Vital statistics of India. Vol. IV, Annual returns from 1871 to 1876. British Army of India, Native Army and jails of Bengal
Year: 1871
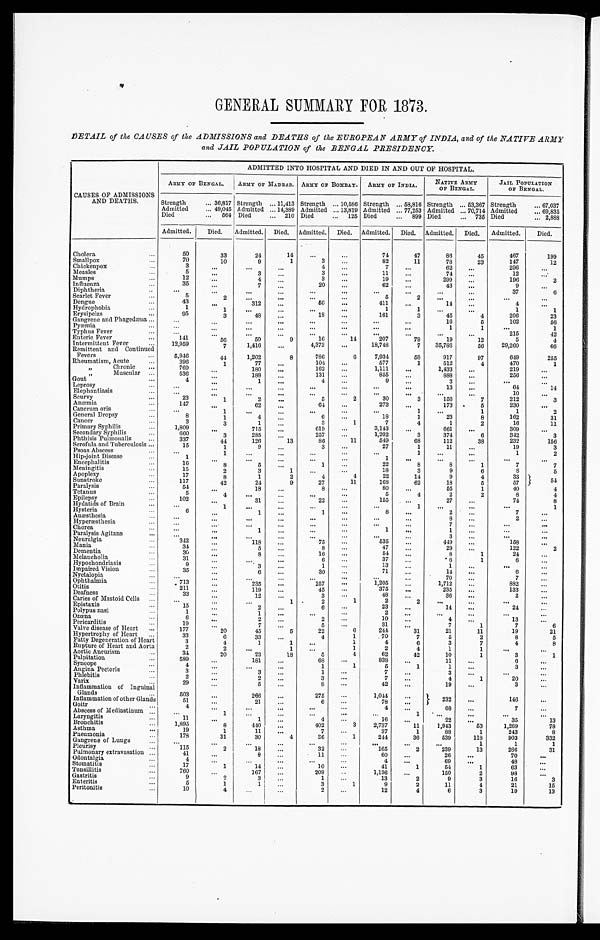
GENERAL SUMMARY FOR 1873.
DETAIL of the CAUSES of the ADMISSIONS and DEATHS of the EUROPEAN ARMY of INDIA, and of the NATIVE ARMY
and JAIL POPULATION of the BENGAL PRESIDENCY.
CAUSES OF ADMISSIONS
AND DEATHS.
ADMITTED INTO HOSPITAL AND DIED IN AND OUT OF HOSPITAL.
ARMY OF BENGAL.
ARMY OF MADRAS. ARMY OF BOMBAY. ARMY OF INDIA.
NATIVE ARMY
OF BENGAL.
JAIL POPULATION
OF BENGAL.
Strength . . .
36,817 Strength . . .
11,413 Strength . . .
10,586 Strength . . .
58,816 Strength . . .
53,367 Strength . . .
67,037
Admitted . . .
49,045 Admitted . . . 14,389 Admitted . . .
13,819 Admitted . . .
77,253 Admitted . . .
70,714 Admitted . . .
69,835
Died . . .
564 Died . . .
210 Died . . .
125 Died . . .
899 Died . . .
735 Died . . .
2,888
Admitted.
Died.
Admitted. Died. Admitted. Died. Admitted. Died. Admitted. Died.
Admitted.
Died.
Cholera . . .
50
33
24
14
. . .
. . .
74
47
86
45
467
199
Smallpox . . .
70
10
9
1
3
. . .
82
11
78
23
147
12
Chickenpox . . .
3
. . .
. . .
. . .
4
. . .
7
. . .
62
. . .
296
. . .
Measles . . .
5
. . .
3
. . .
3
. . .
11
. . .
74
. . .
12
. . .
Mumps . . .
12
. . .
4
. . .
3
. . .
19
. . .
299
. . .
196
2
Influenza . . .
35
. . .
7
. . .
20
. . .
62
. . .
43
. . .
9
. . .
Diphtheria . . .
. . .
. . .
. . .
. . .
. . .
. . .
. . .
. . .
. . .
. . .
37
6
Scarlet Fever . . .
5
2
. . .
. . .
. . .
. . .
5
2
. . .
. . .
. . .
. . .
Dengue . . .
43
. . .
312
. . .
56
. . .
411
. . .
14
. . .
4
. . .
Hydrophobia . . .
1
1
. . .
. . .
. . .
. . .
1
1
. . .
. . .
1
1
Erysipelas . . .
95
3
48
. . .
18
. . .
161
3
45
4
206
23
Gangrene and Phagedæna . . .
. . .
. . .
. . .
. . .
. . .
. . .
. . .
. . .
16
5
102
56
Pyæmia . . .
. . .
. . .
. . .
. . .
. . .
. . .
. . .
. . .
1
1
. . .
1
Typhus Fever . . .
. . .
. . .
. . .
. . .
. . .
. . .
. . .
. . .
. . .
. . .
215
42
Enteric Fever . . .
141
56
50
9
16
14
207
79
19
12
5
4
Intermittent Fever . . .
12,959
7
1,416
. . .
4,373
. . .
18,748
7
35,788
56
29,260
66
Remittent and Continued
Fevers . . .
5,946
44
1,202
8
786
6
7,934
58
917
97
649
255
Rheumatism, Acute . . .
396
1
77
. . .
104
. . .
577
1
512
4
470
1
" C h r o n i c . . .
769
. . .
180
. . .
162
. . .
1,111
. . .
1,433
. . .
219
. . .
" M u s c u l a r . . .
536
. . .
188
. . .
131
. . .
855
. . .
888
. . .
256
. . .
Gout . . .
4
. . .
1
. . .
4
. . .
9
. . .
3
. . .
. . .
. . .
Leprosy . . .
. . .
. . .
. . .
. . .
. . .
. . .
. . .
. . .
13
. . .
6 4
14
Elephantiasis . . .
. . .
. . .
. . .
. . .
. . .
. . .
. . .
. . .
. . .
. . .
10
. . .
Scurvy . . .
23
1
2
. . .
5
2
30
3
156
7
212
3
Anæmia . . .
147
. . .
62
. . .
64
. . .
273
. . .
173
5
230
. . .
Cancrum oris . . .
. . .
1
. . .
. . .
. . .
. . .
. . .
1
. . .
1
1
2
General Dropsy . . .
8
1
4
. . .
6
. . .
18
1
23
8
162
31
Cancer . . .
3
3
1
. . .
3
1
7
4
1
2
16
11
Primary Syphilis . . .
1,809
. . .
715
. . .
619
. . .
3,143
. . .
661
. . .
309
. . .
Secondary Syphilis . . .
660
3
285
. . .
257
. . .
1,202
3
374
6
342
3
Phthisis Pulmonalis . . .
337
44
126
13
86
11
549
68
112
38
232
156
Scrofula and Tuberculosis . . .
15
1
9
. . .
3
. . .
27
1
11
. . .
19
3
Psoas Abscess . . .
. . .
1
. . .
. . .
. . .
. . .
. . .
1
. . .
. . .
1
2
Hip-joint Disease . . .
1
. . .
. . .
. . .
. . .
. . .
1
. . .
. . .
. . .
. . .
. . .
Encephalitis . . .
16
8
5
. . .
1
. . .
22
8
8
1
7
7
Meningitis . . .
15
2
3
1
. . .
. . .
18
3
9
6
8
5
Apoplexy . . .
17
8
1
2
4
4
22
14
9
4
33
54
Sunstroke . . .
117
42
24
9
27
11
168
62
18
5
57
Paralysis . . ..
54
. . .
18
. . .
8
. . .
80
. . .
55
1
40
4
Tetanus . . .
5
4
. . .
. . .
. . .
. . .
5
4
2
2
8
4
Epilepsy . . .
102
. . .
31
. . .
22
. . .
155
. . .
27
. . .
74
8
Hydatids of Brain . . .
. . .
1
. . .
. . .
. . .
. . .
. . .
1
. . .
. . .
. . .
1
Hysteria . . .
6
. . .
1
. . .
1
. . .
8
. . .
2
. . .
7
. . .
Anæsthesia . . .
. . .
. . .
. . .
. . .
. . .
. . .
. . .
. . .
8
. . .
2
. . .
Hyperæsthesia . . .
. . .
. . .
. . .
. . .
. . .
. . .
. . .
. . .
7
. . .
. . .
. . .
Chorea . . .
. . .
. . .
1
. . .
. . .
. . .
1
. . .
1
. . .
. . . . . .
Paralysis Agitans . . .
. . . . . .
. . .
. . .
. . .
. . .
. . .
. . .
3
. . .
. . .
. . .
Neuralgia . . .
342
. . .
118
. . .
75
. . .
535
. . .
449
. . .
158
. . .
Mania . . .
34 . . .
5
. . .
8
. . .
47
. . .
29
. . .
122
2
Dementia . . .
30
. . .
8
. . .
16
. . .
54
. . .
8
1
24
. . .
Melancholia . . .
31 . . .
. . .
. . .
6
. . .
37
. . .
.6
1
6
. . .
Hypochondriasis . . .
9 . . .
3
. . .
1
. . .
13
. . .
1
. . .
. . .
. . .
Impaired Vision . . .
35
. . .
6
. . .
30
. . .
71
. . .
14
. . .
6
. . .
Nyctalopia . . .
. . .
. . .
. . .
. . .
. . .
. . .
. . .
. . .
70
. . .
7
. . .
Ophthalmia . . .
713 . . .
235
. . .
257
. . .
1,205
. . .
1,712
. . .
882
. . .
Otitis . . .
211
. . .
119
. . .
45
. . .
375
. . .
235
. . .
133
. . .
Deafness . . .
33
. . .
12
. . .
3
. . .
48
. . .
36
. . .
2 . . .
Caries of Mastoid Cells . . .
. . .
. . .
. . .
1
2
1
2
2
. . .
. . .
. . .
. . .
Epistaxis . . .
15
. . .
2
. . .
6
. . .
23
. . .
14
. . .
24
. . .
Polypus nasi . . .
1
. . .
1
. . .
. . .
. . .
2
. . .
. . .
. . .
. . .
. . .
Ozœna . . .
6 . . .
2
. . .
2
. . .
10
. . .
4
. . .
13
. . .
Pericarditis . . .
19
. . .
7
. . .
5
. . .
31
. . .
7
1
7
6
Valve disease of Heart . . .
177
20
45
5
22
6
244
31
21
11
19
21
Hypertrophy of Heart . . .
33
6
33
. . .
4
1
70
7
5
2
8
5
Fatty Degeneration of Heart . . .
3
4
1
1
. . .
1
4
6
3
7
4
8
Rupture of Heart and Aorta . . .
2
2
. . .
1
. . .
1
2
4
1
1
. . .
. . .
Aortic Aneurism . . .
34
20
23
18
5
4
62
42
10
1
3
1
Palpitation . . .
589
. . .
181
. . .
68
. . .
838
. . .
11
. . .
6
. . .
Syncope . . .
4 . . .
. . .
. . .
1
1
5
1
1
. . .
3
. . .
Angina Pectoris . . .
3
. . .
3
. . .
1
. . .
7
. . .
3
. . .
. . . . . .
Phlebitis . . .
2
. . .
2
. . .
3
. . .
7
. . .
4
1
20
. . .
Varix . . .
29 . . .
5
. . .
8
. . .
42
. . .
19
. . .
3
. . .
Inflammation of Inguinal
Glands . . .
503
. . .
266
. . .
275
. . .
1,044
. . .
232
. . .
1 4 6 . . .
Inflammation of other Glands
51
. . .
21
. . .
6
. . .
78
. . .
Goitr . . .
4 . . .
. . .
. . .
. . .
. . .
4
. . .
68
. . .
7
. . .
Abscess of Mediastinum . . .
. . .
1
. . .
. . .
. . .
. . .
. . .
1
. . .
. . .
. . .
. . .
Laryngitis . . .
11
. . .
1
. . .
4
. . .
16
. . .
22
. . .
35
13
Bronchitis . . .
1,895
8
440
. . .
402
3
2,737
11
1,943
53
1,269
78
Asthma . . .
19
1
11
. . .
7
. . .
37
1
88
1
243
8
Pneumonia . . .
178
31
30
4
36
1
244
36
539
118
903
332
Gangrene of Lungs . . .
. . .
. . .
. . .
. . .
. . .
. . .
. . .
. . .
. . .
1
1
1
Pleurisy . . .
1 1 5
2
18
. . .
32
. . .
165
2
239
13
286
31
Pulmonary extravasation . . .
41
. . .
8
. . .
11
. . .
60
. . .
26
. . .
70
. . .
Odontalgia . . .
4
. . .
. . .
. . .
. . .
. . .
4
. . .
69
. . .
48
. . .
Stomatitis . . .
17
1
14
. . .
10
. . .
41
1
54
1
63 . . .
Tonsillitis . . .
760
. . .
167
. . .
209
. . .
1,136
. . .
150
2
98
. . .
Gastritis . . .
9
2
3
. . .
1
. . .
13
2
9
3
16
3
Enteritis . . .
5
1
1
. . .
3
1
9
2
11
4
21
15
Peritonitis . . .
10
4
. . .
. . .
2
. . .
12
4
6
3
19
13